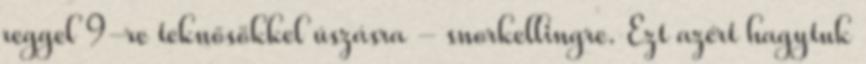
reggel 9-re teknősökkel úszásra - snorkellingre. Ezt azért hagytuk